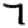
Digit: 7